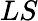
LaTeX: LS